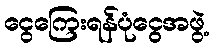
ငွေကြေးရန်ပုံငွေအဖွဲ့